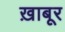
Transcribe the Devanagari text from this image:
ख़ाबूर